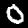
Label: 0